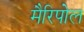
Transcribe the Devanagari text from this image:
मैरिपोल